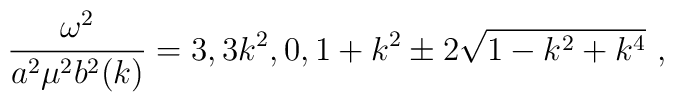
\frac{\omega^2}{a^2\mu^2b^2(k)}=3,3k^2,0, 1+k^2\pm 2\sqrt{1-k^2+k^4}~,